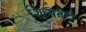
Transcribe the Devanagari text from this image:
शिल्पतन्त्र